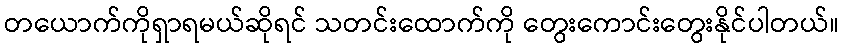
တယောက်ကိုရှာရမယ်ဆိုရင် သတင်းထောက်ကို တွေးကောင်းတွေးနိုင်ပါတယ်။